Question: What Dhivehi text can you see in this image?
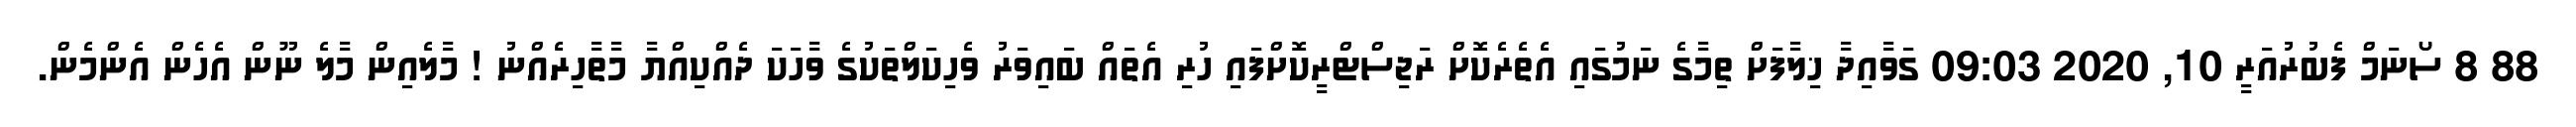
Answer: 88 8 ސޯނަމް ފެބުރުއަރީ 10, 2020 09:03 ގަވާއިދާ ޚިލާފަށް ތިމާގެ ނަމުގައި އެތެރެކޮށް ރަޖިސްޓްރީކޮށްފައި ހުރި އެތައް ބައިވަރު ވެހިކަލްތަކުގެ ވާހަކަ ދެއްކިއްޔާ މާތާހިރެއްނު ! މާލެއިން މާލެ ނޫން އެހެން އެންމެން.